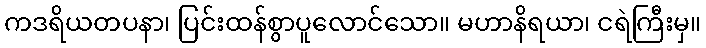
ကဒရိယတပနာ၊ ပြင်းထန်စွာပူလောင်သော။ မဟာနိရယာ၊ ငရဲကြီးမှ။